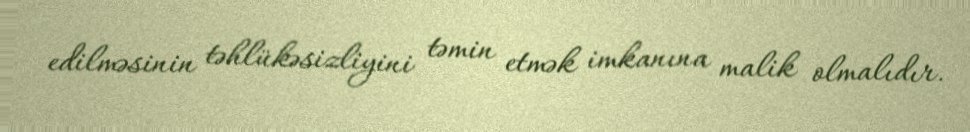
edilməsinin təhlükəsizliyini təmin etmək imkanına malik olmalıdır.